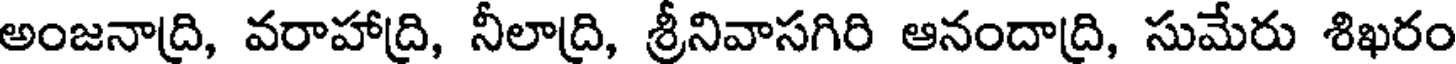
అంజనాద్రి, వరాహాద్రి, నీలాద్రి, శ్రీనివాసగిరి ఆనందాద్రి, సుమేరు శిఖరం